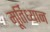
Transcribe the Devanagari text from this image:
मूर्तिध्यान